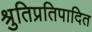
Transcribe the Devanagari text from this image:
श्रुतिप्रतिपादित